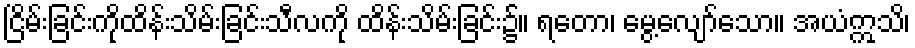
ငြိမ်းခြင်းကိုထိန်းသိမ်းခြင်းသီလကို ထိန်းသိမ်းခြင်း၌။ ရတော၊ မွေ့လျော်သော။ အယံဣသိ၊